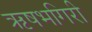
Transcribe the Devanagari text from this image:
ऋषभगिरी